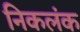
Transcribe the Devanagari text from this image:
निकलंक